65_HS1-834228961_62-HQ-83894_Section_2
Agency: FBI
Page 143
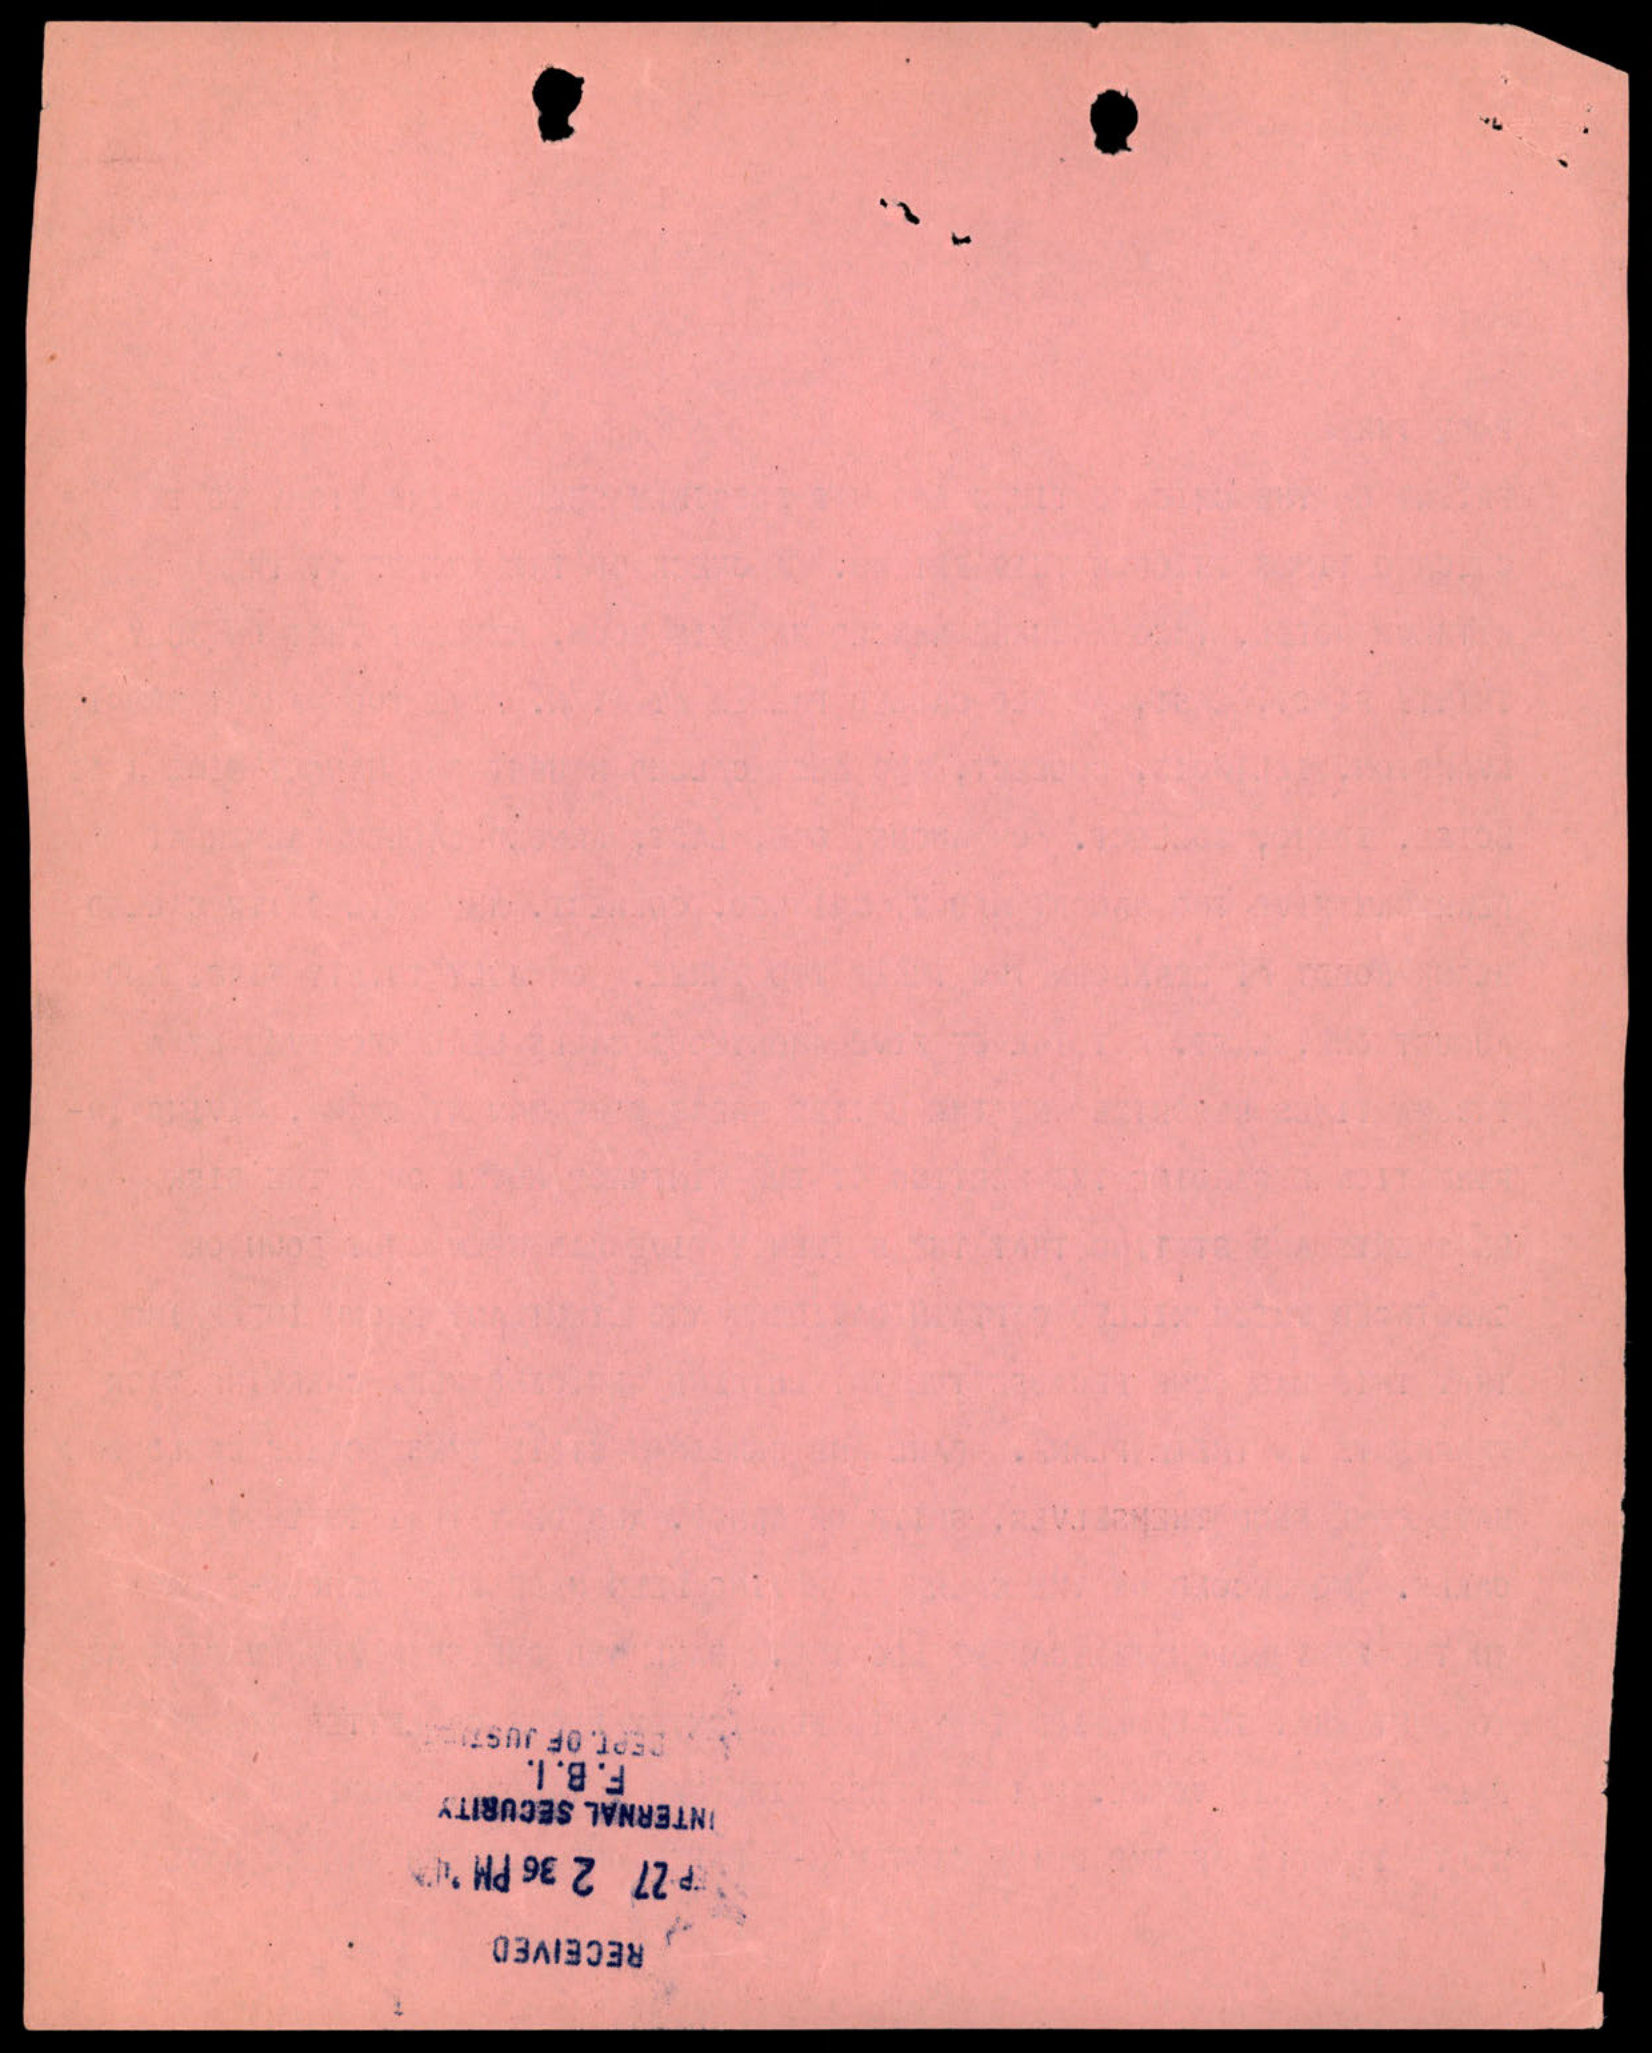